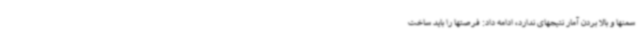
سمنها و بالا بردن آمار نتیجهای ندارد، ادامه داد: فرصتها را باید ساخت